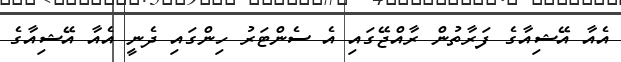
އެއާ އޭޝިއާގެ ފަރާތުން ރާއްޖޭގައި އެ ސެންޓަރު ހިންގައި ދެނީ އެއާ އޭޝިއާގެ